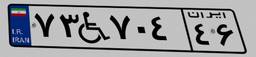
۷۳W۷۰۴۴۶